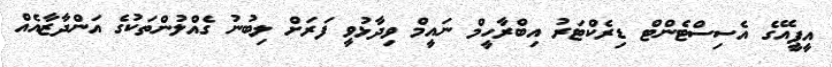
އީޕީއޭގެ އެސިސްޓެންޓް ޑިރެކްޓަރު އިބްރާހީމް ނައީމް ވިދާޅުވީ ފަރަށް ލިބުނު ގެއްލުންތަކުގެ އަންދާޒާއެއް